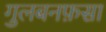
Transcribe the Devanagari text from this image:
गुलबनफ़सा